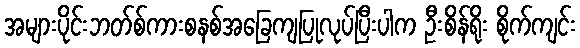
အများပိုင်းဘတ်စ်ကားစနစ်အခြေကျပြုလုပ်ပြီးပါက ဦးစိန်ရိုး စိုက်ကျင်း